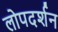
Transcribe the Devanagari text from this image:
लोपदर्शन